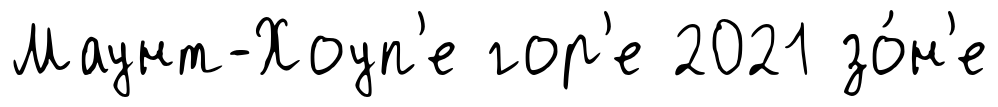
Маунт-Хоуп'е гор'е 2021 зо́н'е